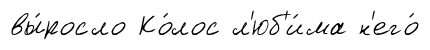
вы́росло Ко́лос л'юб'и́ма н'его́